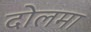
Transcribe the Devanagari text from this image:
दोलमा